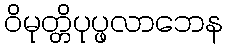
ဝိမုတ္တိပုပ္ဖလာဘေန